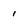
Character: 1